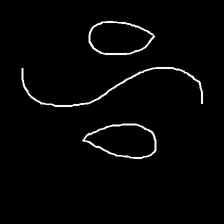
Glyph: water